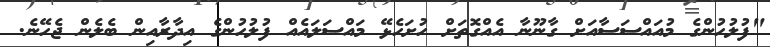
"ފުލުހުންގެ މުއައްސަސާއަށް ގާނޫނާ އެއްގޮތަށް ހުށަހެޅޭ މައްސަލައެއް ފުލުހުންގެ އިދާރާއިން ބެލެން ޖެހޭނެ.